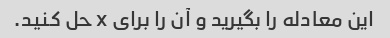
این معادله را بگیرید و آن را برای x حل کنید.